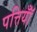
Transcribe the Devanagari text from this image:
पत्तियॉँ